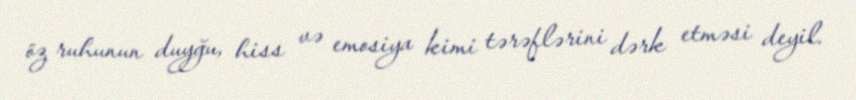
öz ruhunun duyğu, hiss və emosiya kimi tərəflərini dərk etməsi deyil.